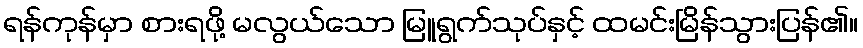
ရန်ကုန်မှာ စားရဖို့ မလွယ်သော မြူရွက်သုပ်နှင့် ထမင်းမြိန်သွားပြန်၏။